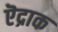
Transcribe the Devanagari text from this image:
ऎद्राक